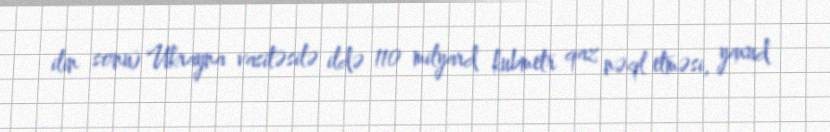
ilin sonu) Ukrayna vasitəsilə ildə 110 milyard kubmetr qaz nəql etməsi, yaxud